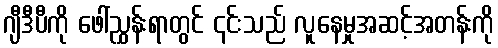
ဂျီဒီပီကို ဖေါ်ညွှန်းရာတွင် ၎င်းသည် လူနေမှုအဆင့်အတန်းကို